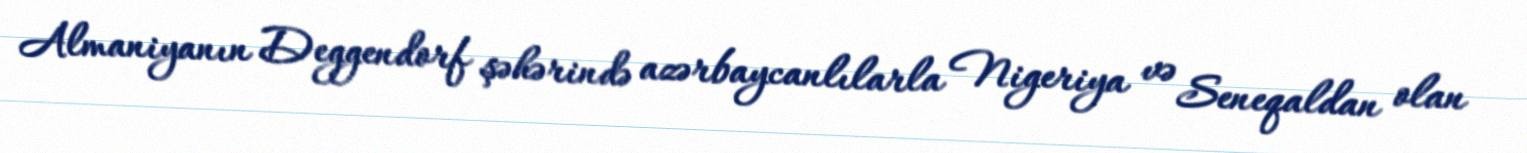
Almaniyanın Deggendorf şəhərində azərbaycanlılarla Nigeriya və Seneqaldan olan